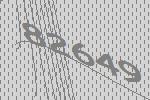
82649